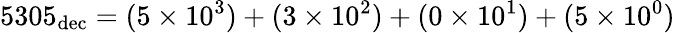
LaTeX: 5305_{\mathrm{dec}}=(5\times 10^{3})+(3\times 10^{2})+(0\times 10^{1})+(5\times 10^{0})